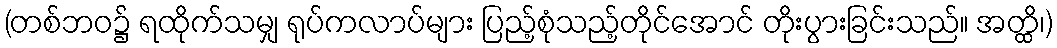
(တစ်ဘဝ၌ ရထိုက်သမျှ ရုပ်ကလာပ်များ ပြည့်စုံသည့်တိုင်အောင် တိုးပွားခြင်းသည်။ အတ္ထိ၊)